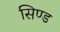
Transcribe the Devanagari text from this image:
सिण्ड